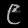
Digit: ၉